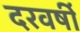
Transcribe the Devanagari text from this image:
दरवर्षी